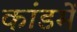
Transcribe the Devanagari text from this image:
कांडमें